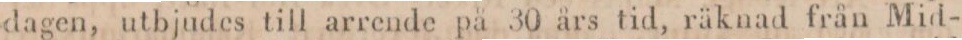
dagen, utbjudes till arrende på 30 års tid, räknad från Mid-